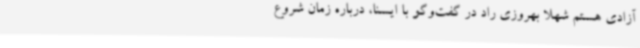
آزادی هستم شهلا بهروزی راد در گفت‌وگو با ایسنا، درباره زمان شروع